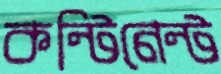
কন্টিনেন্ট